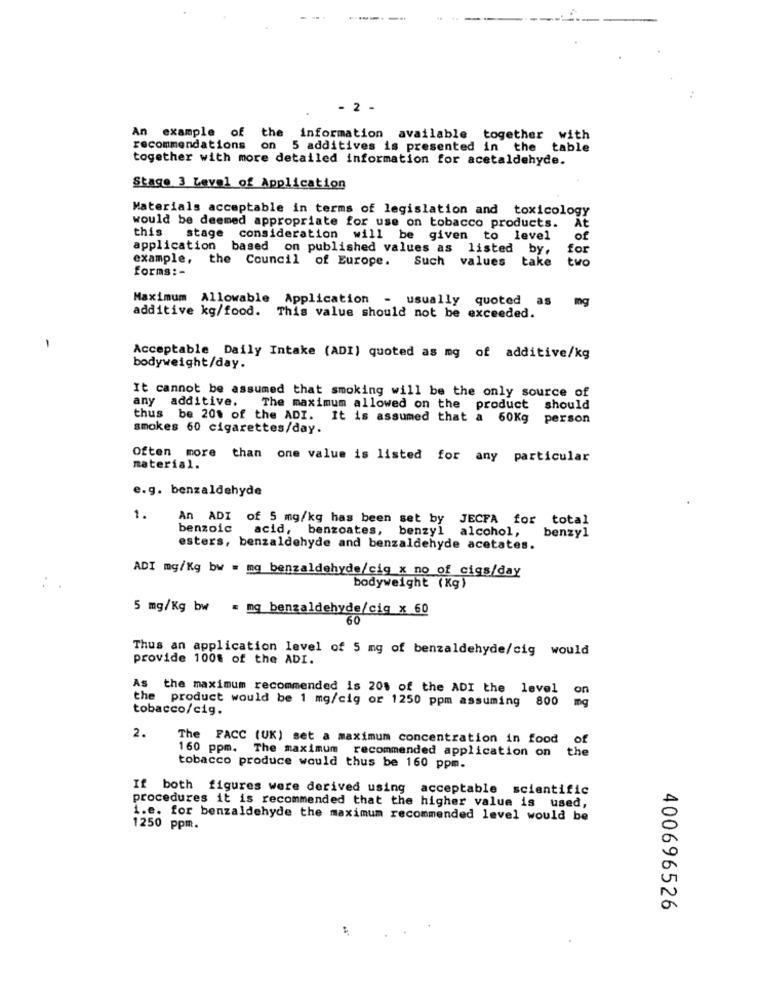
- 2 -
An example of the information available together with
recommendations on 5 additives is presented in the table
together with more detailed information for acetaldehyde.
Stage 3 Level of Application
Materials acceptable in terms of legislation and toxicology
At
would be deemed appropriate for use on tobacco products.
this stage consideration will be given to level
of
application based on published values as listed by,
for
example, the Council of Europe. Such values take
two
forms: -
Maximum Allowable Application
usually
quoted
as
mg
additive kg/food. This value should not be exceeded.
-
Acceptable Daily Intake (ADI) quoted as mg of additive/kg
bodyweight/day.
It cannot be assumed that smoking will be the only source of
any additive. The maximum allowed on the product should
thus be 20% of the ADI. It is assumed that a 60Kg person
smokes 60 cigarettes/day.
Often more than one value is listed for any particular
material.
e.g. benzaldehyde
1.
An ADI of 5 mg/kg has been set by JECFA for total
benzoic
acid, benzoates, benzyl alcohol,
benzyl
esters, benzaldehyde and benzaldehyde acetates.
ADI mg/Kg bw = mg benzaldehyde/cig_x_no_of_cigs/day
bodyweight (Kg)
5 mg/Kg bw = mg benzaldehyde/cig x 60
60
Thus an application level of 5 mg of benzaldehyde/cig would
provide 100% of the ADI.
As the maximum recommended is 20% of the ADI the level
on
the product would be 1 mg/cig or 1250 ppm assuming 800
mq
tobacco/cig.
2.
The FACC (UK) set a maximum concentration in food
of
160 ppm. The maximum recommended application on the
tobacco produce would thus be 160 ppm.
If both figures were derived using acceptable scientific
procedures it is recommended that the higher value is used,
i.e. for benzaldehyde the maximum recommended level would be
1250 ppm.
400696526